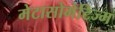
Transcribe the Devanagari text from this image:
मेटासोमेटिज्म